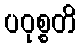
ပဝုစ္စတိ